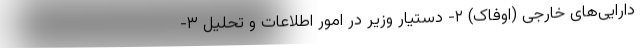
دارایی‌های خارجی (اوفاک) ۲- دستیار وزیر در امور اطلاعات و تحلیل ۳-